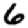
Digit: 6